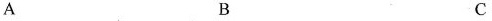
A B C